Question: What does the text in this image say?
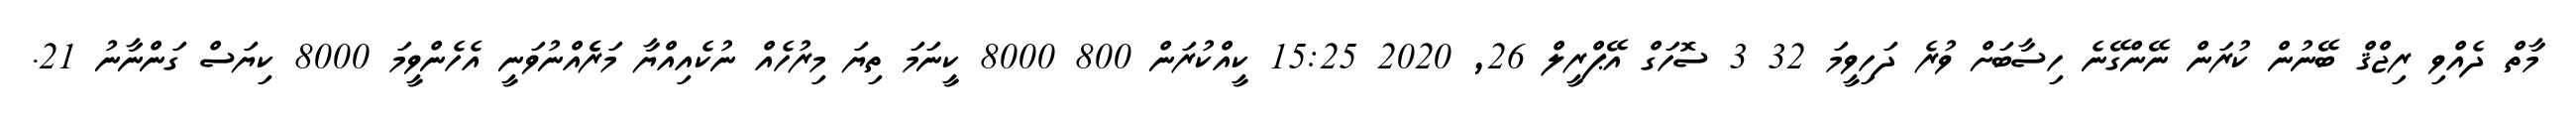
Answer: މާތް ދެއްވި ރިޖްޤް ބޭނުން ކުރަން ނޭންގޭނެ ހިސާބަށް ވުރެ ދަހިވީމަ 32 3 ސޮހަގް އޭޕްރީލް 26, 2020 15:25 ކީއްކުރަން 800 8000 ކީނަމަ ތިޔަ މިރުހެއް ނުކެއިއްޔާ މަރެެއްނުވަނީ އެހެންވީމަ 8000 ކިޔަސް ގަންނާނު 21.